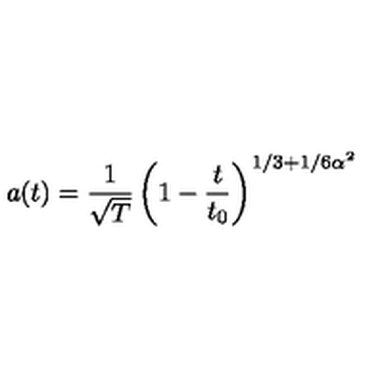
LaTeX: a ( t ) = \frac { 1 } { \sqrt T } \left( 1 - \frac { t } { t _ { 0 } } \right) ^ { 1 / 3 + 1 / 6 \alpha ^ { 2 } }